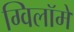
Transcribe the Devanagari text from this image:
ग्विलॉमे